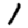
Digit: 1